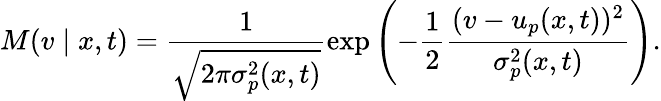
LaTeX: M(v\mid x,t)=\frac{1}{\sqrt{2\pi\sigma_{p}^{2}(x,t)}}\exp\left(-\frac{1}{2}\frac{(v-u_{p}(x,t))^{2}}{\sigma_{p}^{2}(x,t)}\right).